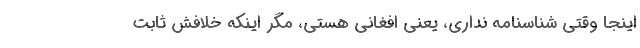
اينجا وقتي شناسنامه نداري، يعني افغاني هستي، مگر اينكه خلافش ثابت